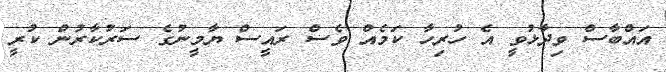
އައްބާސް ވިދާޅުވީ އެ ހުރިހާ ކަމެއް ވެސް ރައީސް ޔާމީނުގެ ސަރުކާރުން ކުރީ